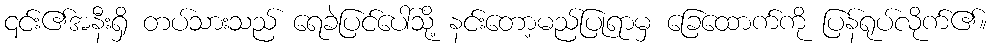
၎င်း၏အနီးရှိ တပ်သားသည် ရေခဲပြင်ပေါ်သို့ နင်းတော့မည်ပြုရာမှ ခြေထောက်ကို ပြန်ရုပ်လိုက်၏။